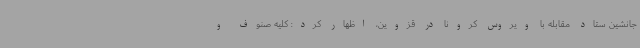
جانشین ستاد مقابله با ویروس کرونا در قزوین، اظهار کرد: کلیه صنوف و